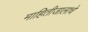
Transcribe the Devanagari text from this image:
माहितीजालाचे